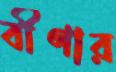
বীণার